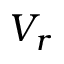
V _ { r }